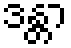
ဒန္တာ